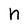
Character: n